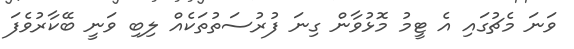
ވަނަ މެޗުގައި އެ ޓީމު މޮޅުވާން ގިނަ ފުރުސަތުތަކެއް ލިބި ވަނީ ބޭކާރުވެފަ